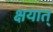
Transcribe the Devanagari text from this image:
क्षयात्